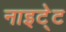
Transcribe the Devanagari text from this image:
नाइटे्ट